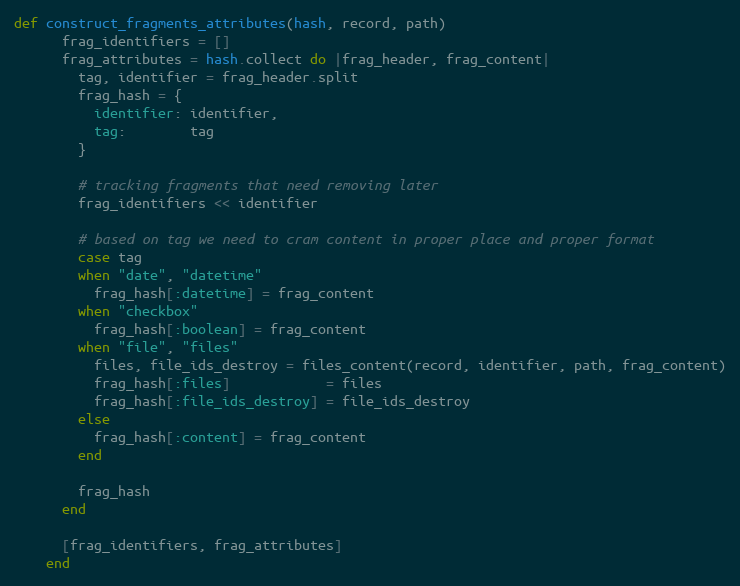
Language: Ruby
def construct_fragments_attributes(hash, record, path)
      frag_identifiers = []
      frag_attributes = hash.collect do |frag_header, frag_content|
        tag, identifier = frag_header.split
        frag_hash = {
          identifier: identifier,
          tag:        tag
        }

        # tracking fragments that need removing later
        frag_identifiers << identifier

        # based on tag we need to cram content in proper place and proper format
        case tag
        when "date", "datetime"
          frag_hash[:datetime] = frag_content
        when "checkbox"
          frag_hash[:boolean] = frag_content
        when "file", "files"
          files, file_ids_destroy = files_content(record, identifier, path, frag_content)
          frag_hash[:files]            = files
          frag_hash[:file_ids_destroy] = file_ids_destroy
        else
          frag_hash[:content] = frag_content
        end

        frag_hash
      end

      [frag_identifiers, frag_attributes]
    end